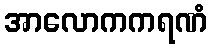
အာလောကကရဏံ